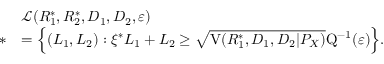
\begin{array} { r l } & { \mathcal { L } ( R _ { 1 } ^ { * } , R _ { 2 } ^ { * } , D _ { 1 } , D _ { 2 } , \varepsilon ) } \\ { * } & { = \Big \{ ( L _ { 1 } , L _ { 2 } ) : \xi ^ { * } L _ { 1 } + L _ { 2 } \geq \sqrt { \mathrm { V } ( R _ { 1 } ^ { * } , D _ { 1 } , D _ { 2 } | P _ { X } ) } \mathrm { Q } ^ { - 1 } ( \varepsilon ) \Big \} . } \end{array}